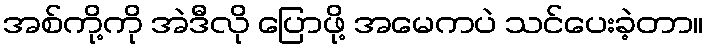
အစ်ကို့ကို အဲဒီလို ပြောဖို့ အမေကပဲ သင်ပေးခဲ့တာ။